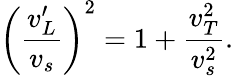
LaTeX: \left(\frac{v_{L}^{\prime}}{v_{s}}\right)^{2}=1+\frac{v_{T}^{2}}{v_{s}^{2}}.